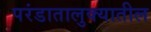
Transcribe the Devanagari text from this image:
परंडातालुक्यातील